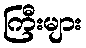
ကြီးများ